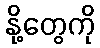
နို့တွေကို